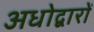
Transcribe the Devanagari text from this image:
अधोद्वारों